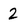
Character: 2